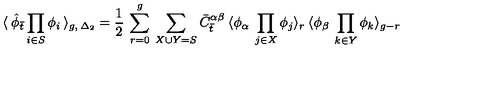
\langle \: { \hat { \phi } } _ { \bar { t } } \prod _ { i \in S } \phi _ { i } \: \rangle _ { g , \: { \Delta _ { 2 } } } = \frac { 1 } { 2 } \: \sum _ { r = 0 } ^ { g } \: \sum _ { X \cup Y = S } { \bar { C } } _ { \bar { t } } ^ { \alpha \beta } \: \langle \phi _ { \alpha } \: \prod _ { j \in X } \phi _ { j } \rangle _ { r } \: \langle \phi _ { \beta } \: \prod _ { k \in Y } \phi _ { k } \rangle _ { g - r } \,